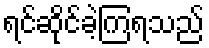
ရင်ဆိုင်ခဲ့ကြရသည်